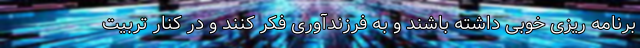
برنامه ریزی خوبی داشته باشند و به فرزندآوری فکر کنند و در کنار تربیت